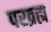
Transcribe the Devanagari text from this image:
परव्रह्म